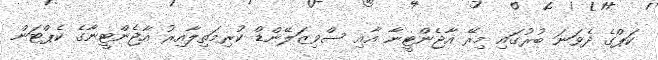
ކަޕްގެ ދެވަނަ ބުރުގައި މިރޭ އާޖެންޓީނާ އާއި ސްވިޒަލޭންޑް ކުރިމަތިލާއިރު އާޖެންޓީނާގެ ކެޕްޓަން